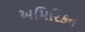
અમિરિકન